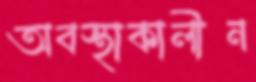
অবস্থাকালীন